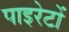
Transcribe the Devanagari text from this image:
पाइरेटों